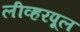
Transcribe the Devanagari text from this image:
लीव्हरपूल